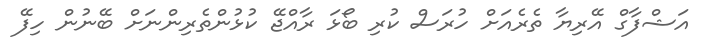
އަޝްފާގް އޭރިޔާ ތެރެއަށް ހުރަސް ކުރި ބޯޅަ ރާއްޖޭ ކުޅުންތެރިންނަށް ބޭނުން ހިފޭ